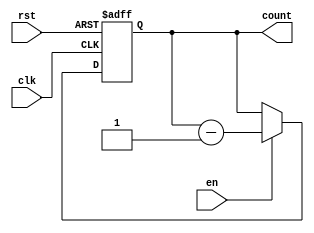
module binary_down_counter (
    input wire clk, // Clock input
    input wire rst, // Reset input
    input wire en, // Enable input
    output reg [3:0] count // 4-bit binary down counter output
);

always @ (posedge clk or posedge rst) begin
    if (rst) begin
        count <= 4'b1111; // Reset the counter to its max value
    end else if (en) begin
        count <= count - 1; // Decrement the counter value by 1 on each clock cycle
    end
end

endmodule